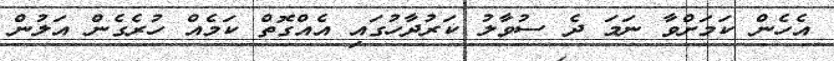
އެހެން ކަމަށްވާ ނަމަ ދެ ސުވާލު ކަރުދާހުގައި އެއްގޮތް ކަމެއް ހުރެގެން އަލުން